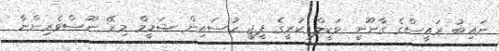
ނައިބު ރައީސްގެ ގާނޫނީ ވަކީލް ކުރީގެ ޕީޖީ ހުސައިން ޝަމީމް މިރޭ ނޫސްވެރިންނާ